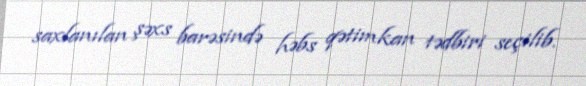
saxlanılan şəxs barəsində həbs qətimkan tədbiri seçilib.